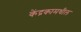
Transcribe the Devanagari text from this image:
केंद्रकामधील